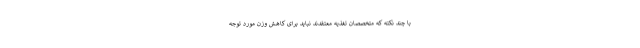
با چند نکته که متخصصان تغذیه معتقدند نباید برای کاهش وزن مورد توجه